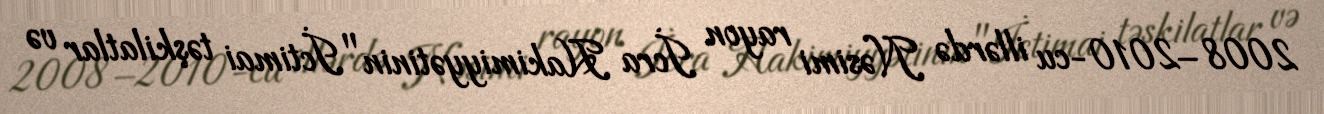
2008–2010-cu illərdə Nəsimi rayon İcra Hakimiyyətinin "İctimai təşkilatlar və